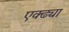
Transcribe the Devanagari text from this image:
एक्ढ्या